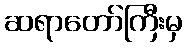
ဆရာတော်ကြီးမှ